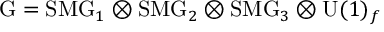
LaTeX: \mathrm { G } = \mathrm { S M G } _ { 1 } \otimes \mathrm { S M G } _ { 2 } \otimes \mathrm { S M G } _ { 3 } \otimes \mathrm { U } ( 1 ) _ { f }